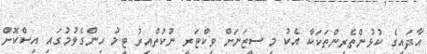
އާދައިގެ ކުޅުންތެރިންތަކަކާ އެކު މި ސީޒަނަށް ވިކްޓަރީ ނުކުތްއިރު ޓީމު ހިންގެވުމުގައި އިސްކޮށް